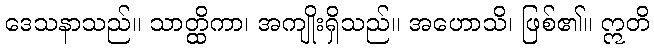
ဒေသနာသည်။ သာတ္ထိကာ၊ အကျိုးရှိသည်။ အဟောသိ၊ ဖြစ်၏။ ဣတိ